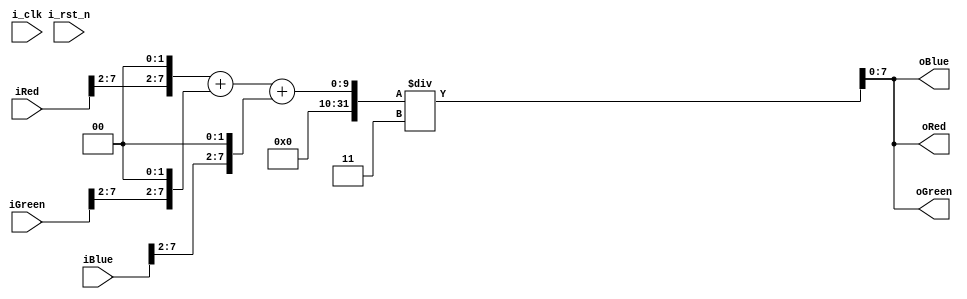
// Function: Turn RGB to 16-Quant Gray level
// Input: R, G, B
// Output: R, G, B
module Quant_16_Gray_Level(i_clk, i_rst_n, iRed, iGreen, iBlue, oRed, oGreen, oBlue);
    input        i_clk;
    input        i_rst_n;
    input  [7:0] iRed;
    input  [7:0] iGreen;
    input  [7:0] iBlue;
    output [7:0] oRed;
    output [7:0] oGreen;
    output [7:0] oBlue;

    wire   [9:0] tmpRed;
    wire   [9:0] tmpGreen;
    wire   [9:0] tmpBlue;

    assign tmpRed = ({2'd0, iRed[7:2], 2'd0} + {2'd0, iGreen[7:2], 2'd0} + {2'd0, iBlue[7:2], 2'd0}) / 3;
    assign tmpGreen = ({2'd0, iRed[7:2], 2'd0} + {2'd0, iGreen[7:2], 2'd0} + {2'd0, iBlue[7:2], 2'd0}) / 3;
    assign tmpBlue = ({2'd0, iRed[7:2], 2'd0} + {2'd0, iGreen[7:2], 2'd0} + {2'd0, iBlue[7:2], 2'd0}) / 3;

    assign oRed = tmpRed[7:0];
    assign oGreen = tmpGreen[7:0];
    assign oBlue = tmpBlue[7:0];

endmodule // Gray_Level